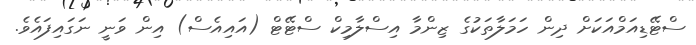
ސްޓޭޑިއަމްއަކަށް ދިން ހަމަލާތަކުގެ ޒިންމާ އިސްލާމިކް ސްޓޭޓް (އައިއެސް) އިން ވަނީ ނަގައިފައެވެ.